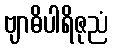
ဗျာဓိပါရိဇုညံ